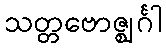
သတ္တဗောဇ္ဈင်္ဂါ